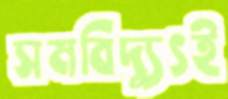
সমবিদ্যুৎই